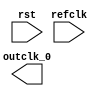
module mem_pll (
		input  wire  rst,      //   reset.reset
		input  wire  refclk,   //  refclk.clk
		output wire  outclk_0  // outclk0.clk
	);
endmodule